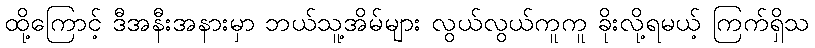
ထို့ကြောင့် ဒီအနီးအနားမှာ ဘယ်သူ့အိမ်များ လွယ်လွယ်ကူကူ ခိုးလို့ရမယ့် ကြက်ရှိသ